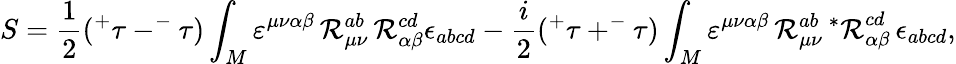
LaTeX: S=\frac 12(^{+}\tau-^{-}\tau)\int_{M}\varepsilon^{\mu\nu\alpha\beta}\, {\cal R}_{\mu\nu}^{ab}\, {\cal R}_{\alpha\beta}^{cd}\epsilon_{abcd}-\frac i2(^{+}\tau+^{-}\tau)\int_{M}\varepsilon^{\mu\nu\alpha\beta}\, {\cal R}_{\mu\nu}^{ab}\, {^{*}{\cal R}}_{\alpha\beta}^{cd}\, \epsilon_{abcd},